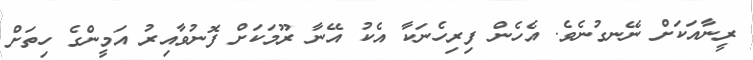
ރީނާއަކަށް ނޭނގުނެވެ. އެހެން ފިރިހެނަކާ އެކު އޭނާ ރޫމަކަށް ފޮނުވާއިރު އަމީންގެ ހިތަށް